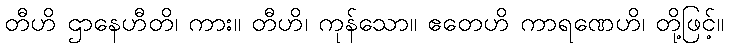
တီဟိ ဌာနေဟီတိ၊ ကား။ တီဟိ၊ ကုန်သော။ ဧတေဟိ ကာရဏေဟိ၊ တို့ဖြင့်။